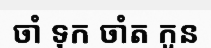
ចាំ ទុក ចាំត កូន